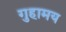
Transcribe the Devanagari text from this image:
गुहामय